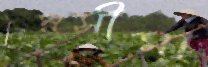
নিম্নসীমা